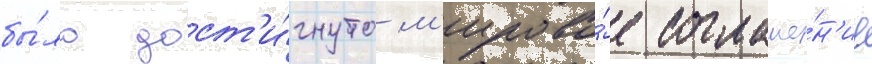
бы́ло дост'и́гнуто м'ирово́е соглаше́н'ие